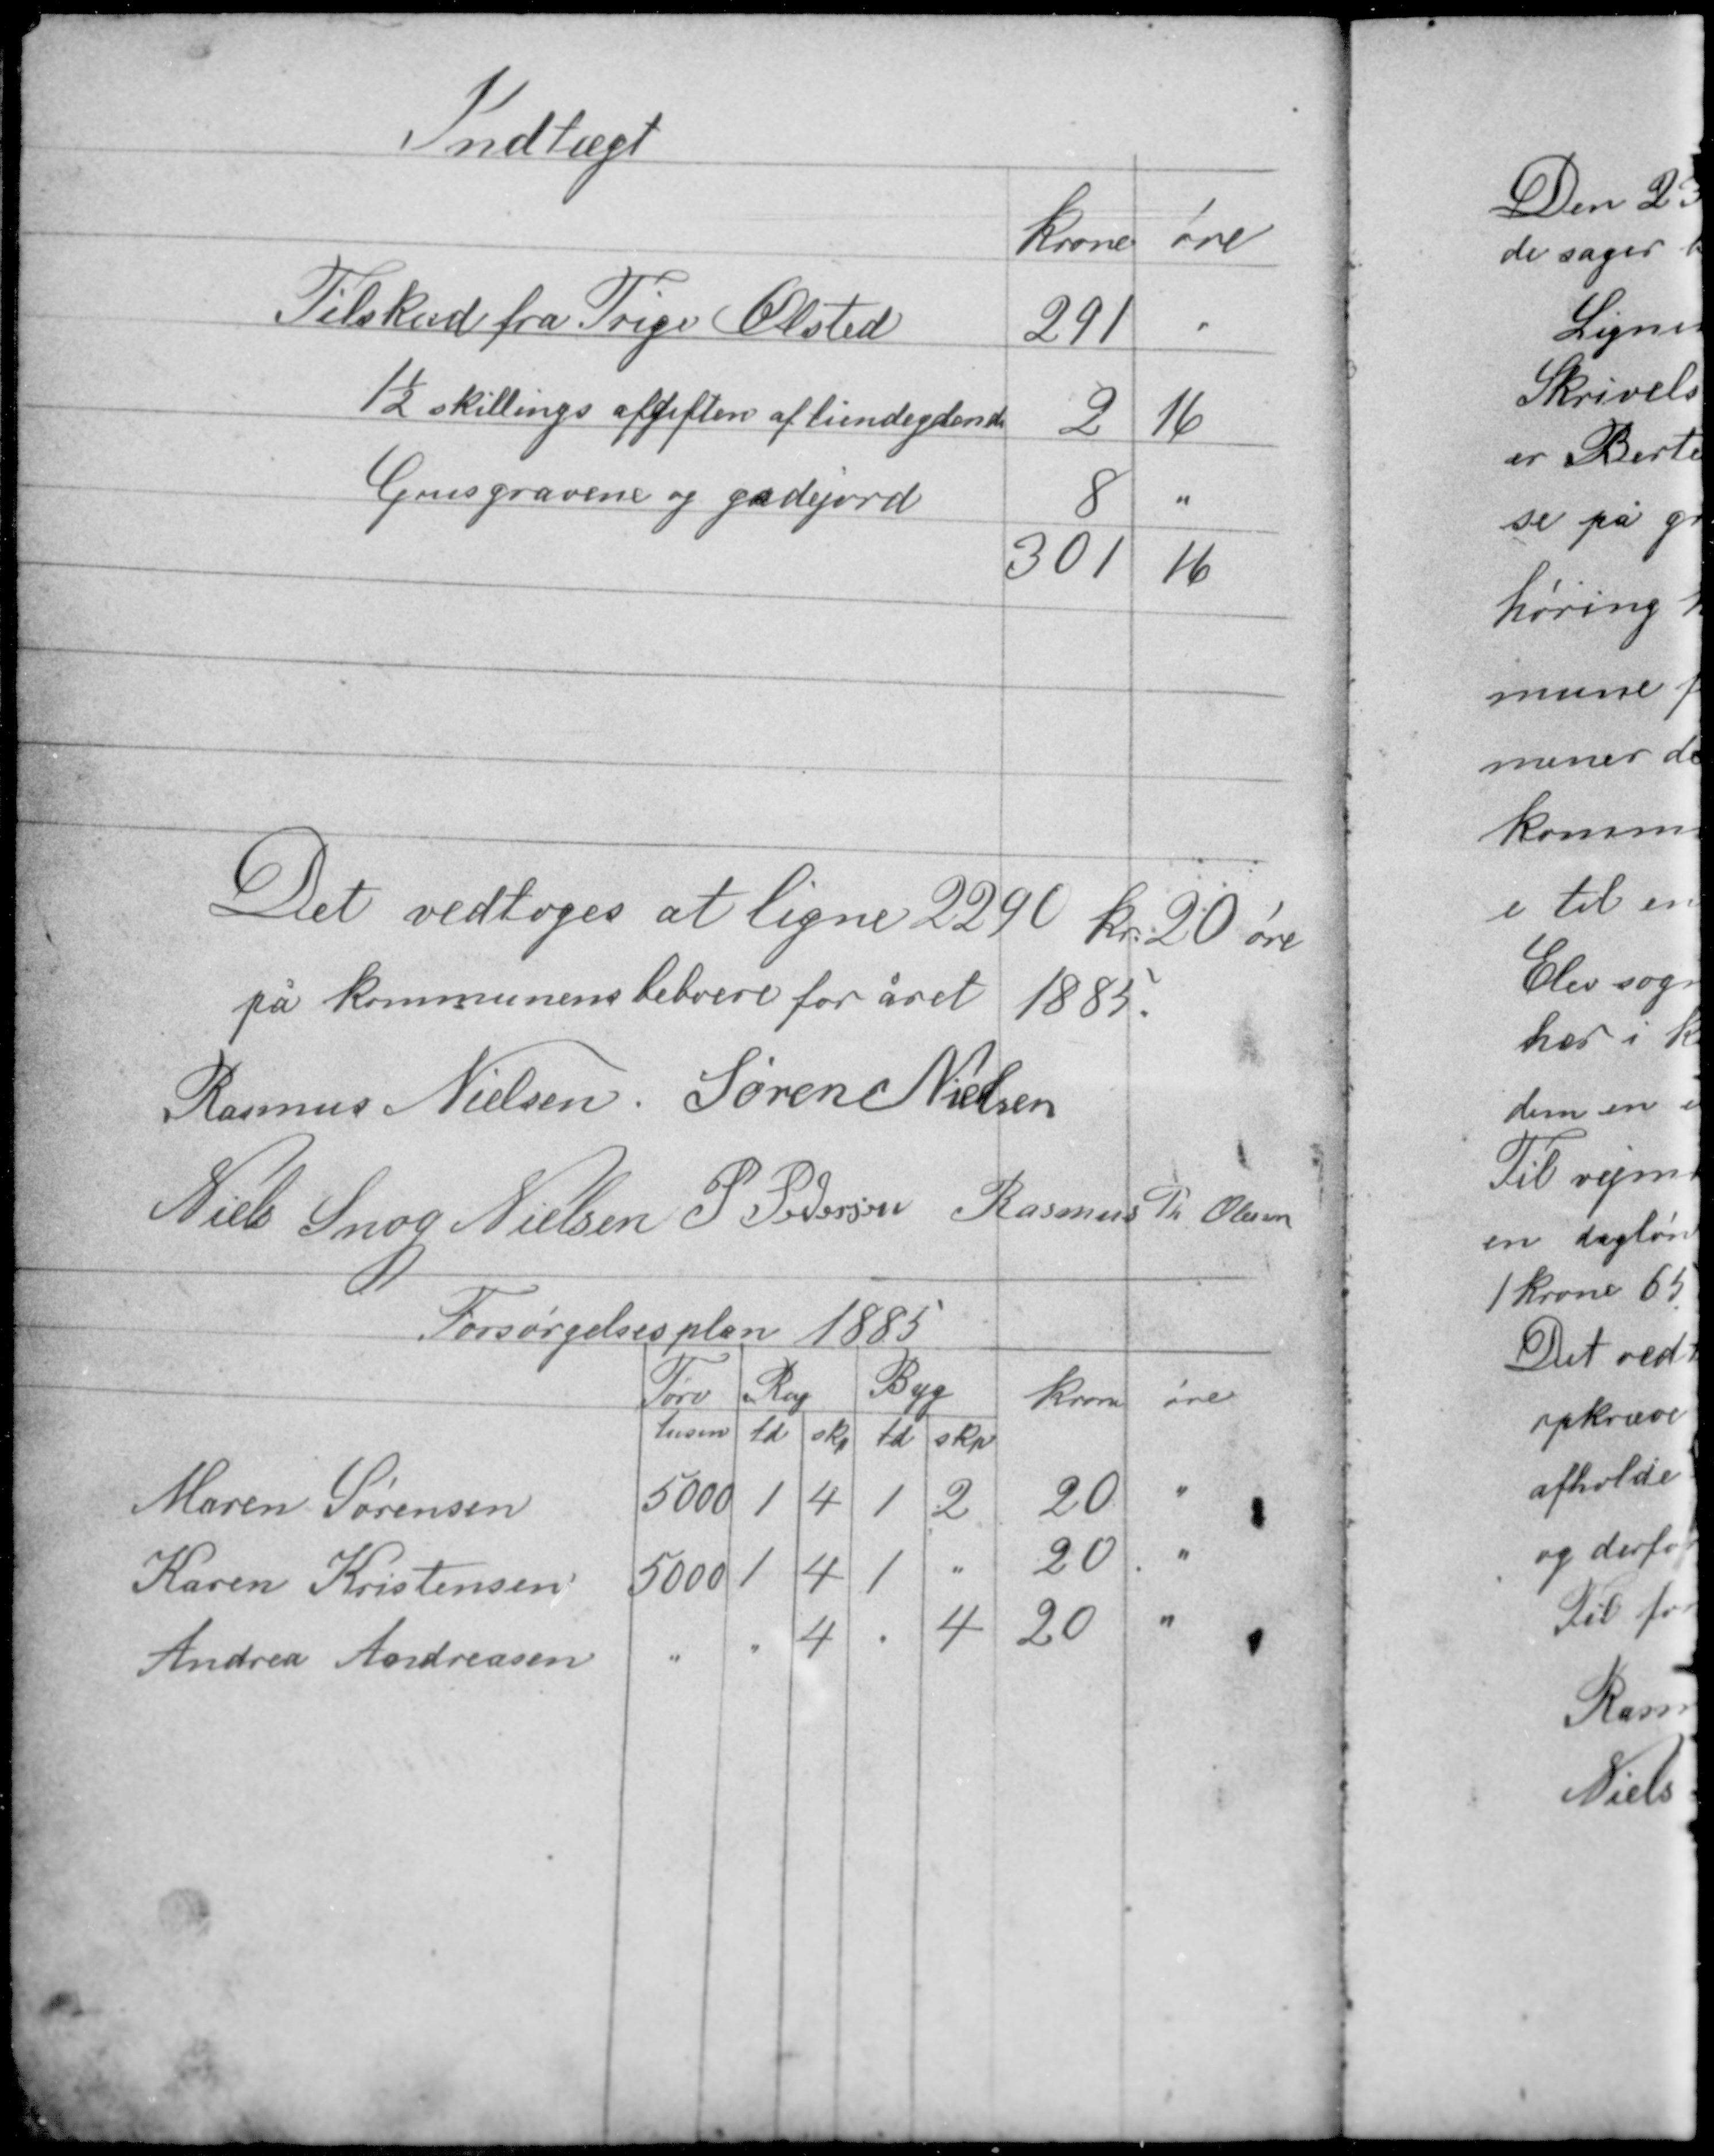
Transskription:
Indtægt

Det vedtoges at ligne 2290 kr 20 øre
på kommunens beboere for året 1885.
Rasmus Nielsen Søren Nielsen
Niels Snog Nielsen P. Pedersen Rasmus Th Olesen

Forsørgelsesplan 1885